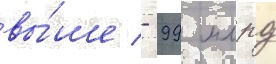
вы́ше - 99 млрд